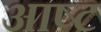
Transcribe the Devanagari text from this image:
आष्ट